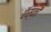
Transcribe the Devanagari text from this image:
ऍस्की